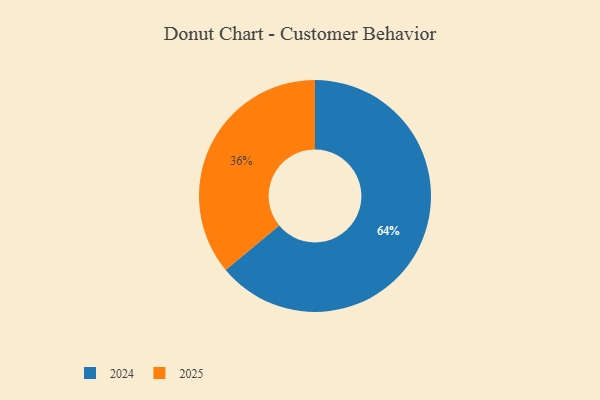
{"axis": {"x": "Category", "y": "Percentage"}, "legend": ["2024", "2025"], "data": [{"x": "2025", "y": 36, "type": "2025"}, {"x": "2024", "y": 64, "type": "2024"}]}